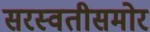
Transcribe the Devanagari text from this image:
सरस्वतीसमोर